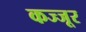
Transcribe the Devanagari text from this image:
कज्जूर